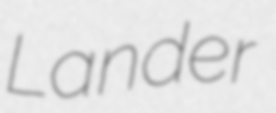
Lander